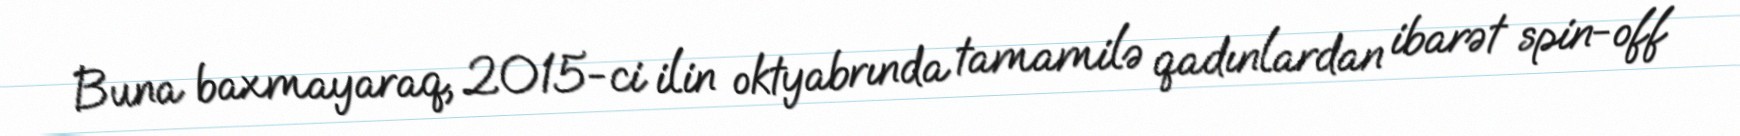
Buna baxmayaraq, 2015-ci ilin oktyabrında tamamilə qadınlardan ibarət spin-off